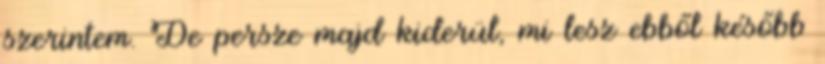
szerintem. De persze majd kiderül, mi lesz ebből később